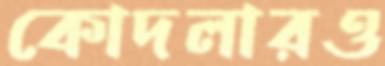
কোদলারও